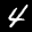
Label: 4